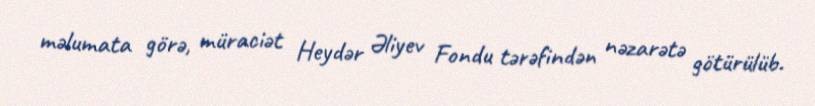
məlumata görə, müraciət Heydər Əliyev Fondu tərəfindən nəzarətə götürülüb.